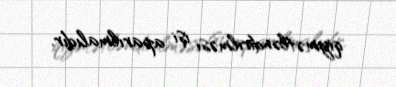
qiymətləndirilməsi işi aparılmalıdır.